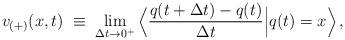
LaTeX: \begin{align*}v_{(+)}(x,t) \; \equiv \; \lim_{\Delta t \rightarrow 0^{+}}\Big\langle \frac{q(t + \Delta t) - q(t)}{\Delta t}\Big| q(t) = x \Big\rangle \, ,\end{align*}